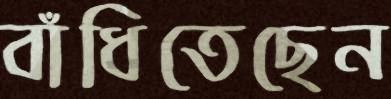
বাঁধিতেছেন